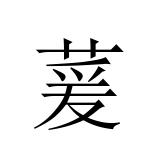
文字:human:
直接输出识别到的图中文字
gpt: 萲